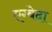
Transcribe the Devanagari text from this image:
एग्बेदा